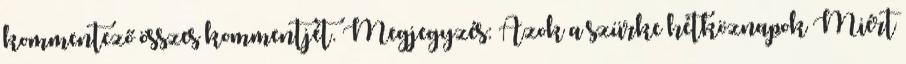
kommentező összes kommentjét. Megjegyzés: Azok a szürke hétköznapok Miért